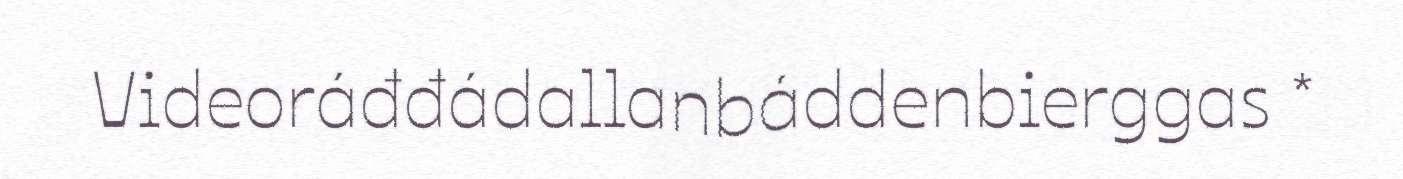
Videoráđđádallanbáddenbierggas *